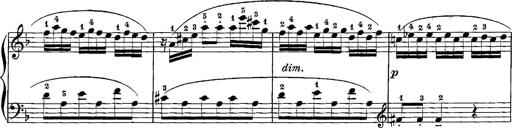
Title: 12 Sonatinas
Composer: Ignaz Pleyel